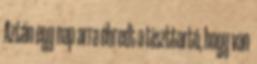
Aztán egy nap arra ébredt a tiszttartó, hogy van